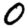
Digit: 0